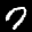
Label: 7